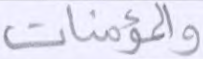
والمؤمنات